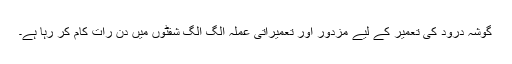
گوشہ درود کی تعمیر کے لیے مزدور اور تعمیراتی عملہ الگ الگ شفٹوں میں دن رات کام کر رہا ہے۔